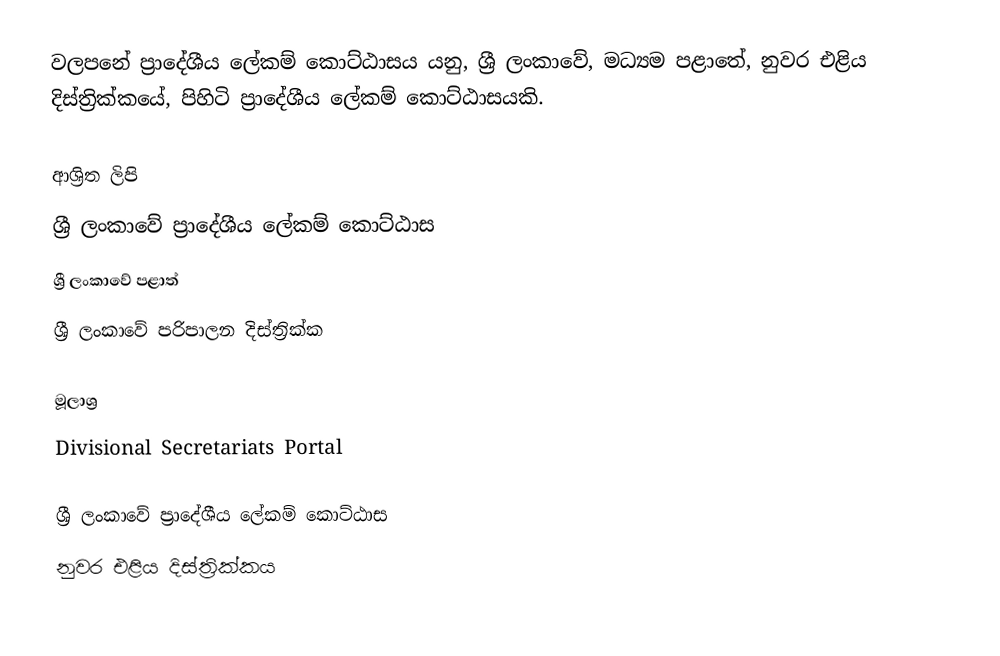
වලපනේ ප්‍රාදේශීය ලේකම් කොට්ඨාසය යනු,  ශ්‍රී ලංකාවේ, මධ්‍යම පළාතේ,   නුවර එළිය දිස්ත්‍රික්කයේ, පිහිටි ප්‍රාදේශීය ලේකම් කොට්ඨාසයකි.

ආශ්‍රිත ලිපි
ශ්‍රී ලංකාවේ ප්‍රාදේශීය ලේකම් කොට්ඨාස
ශ්‍රී ලංකාවේ පළාත්
ශ්‍රී ලංකාවේ පරිපාලන දිස්ත්‍රික්ක

මූලාශ්‍ර
 Divisional Secretariats Portal

ශ්‍රී ලංකාවේ ප්‍රාදේශීය ලේකම් කොට්ඨාස
නුවර එළිය දිස්ත්‍රික්කය